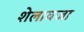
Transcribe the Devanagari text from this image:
शेलावजा